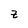
Character: Z